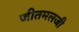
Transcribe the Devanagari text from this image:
जीतमलजी